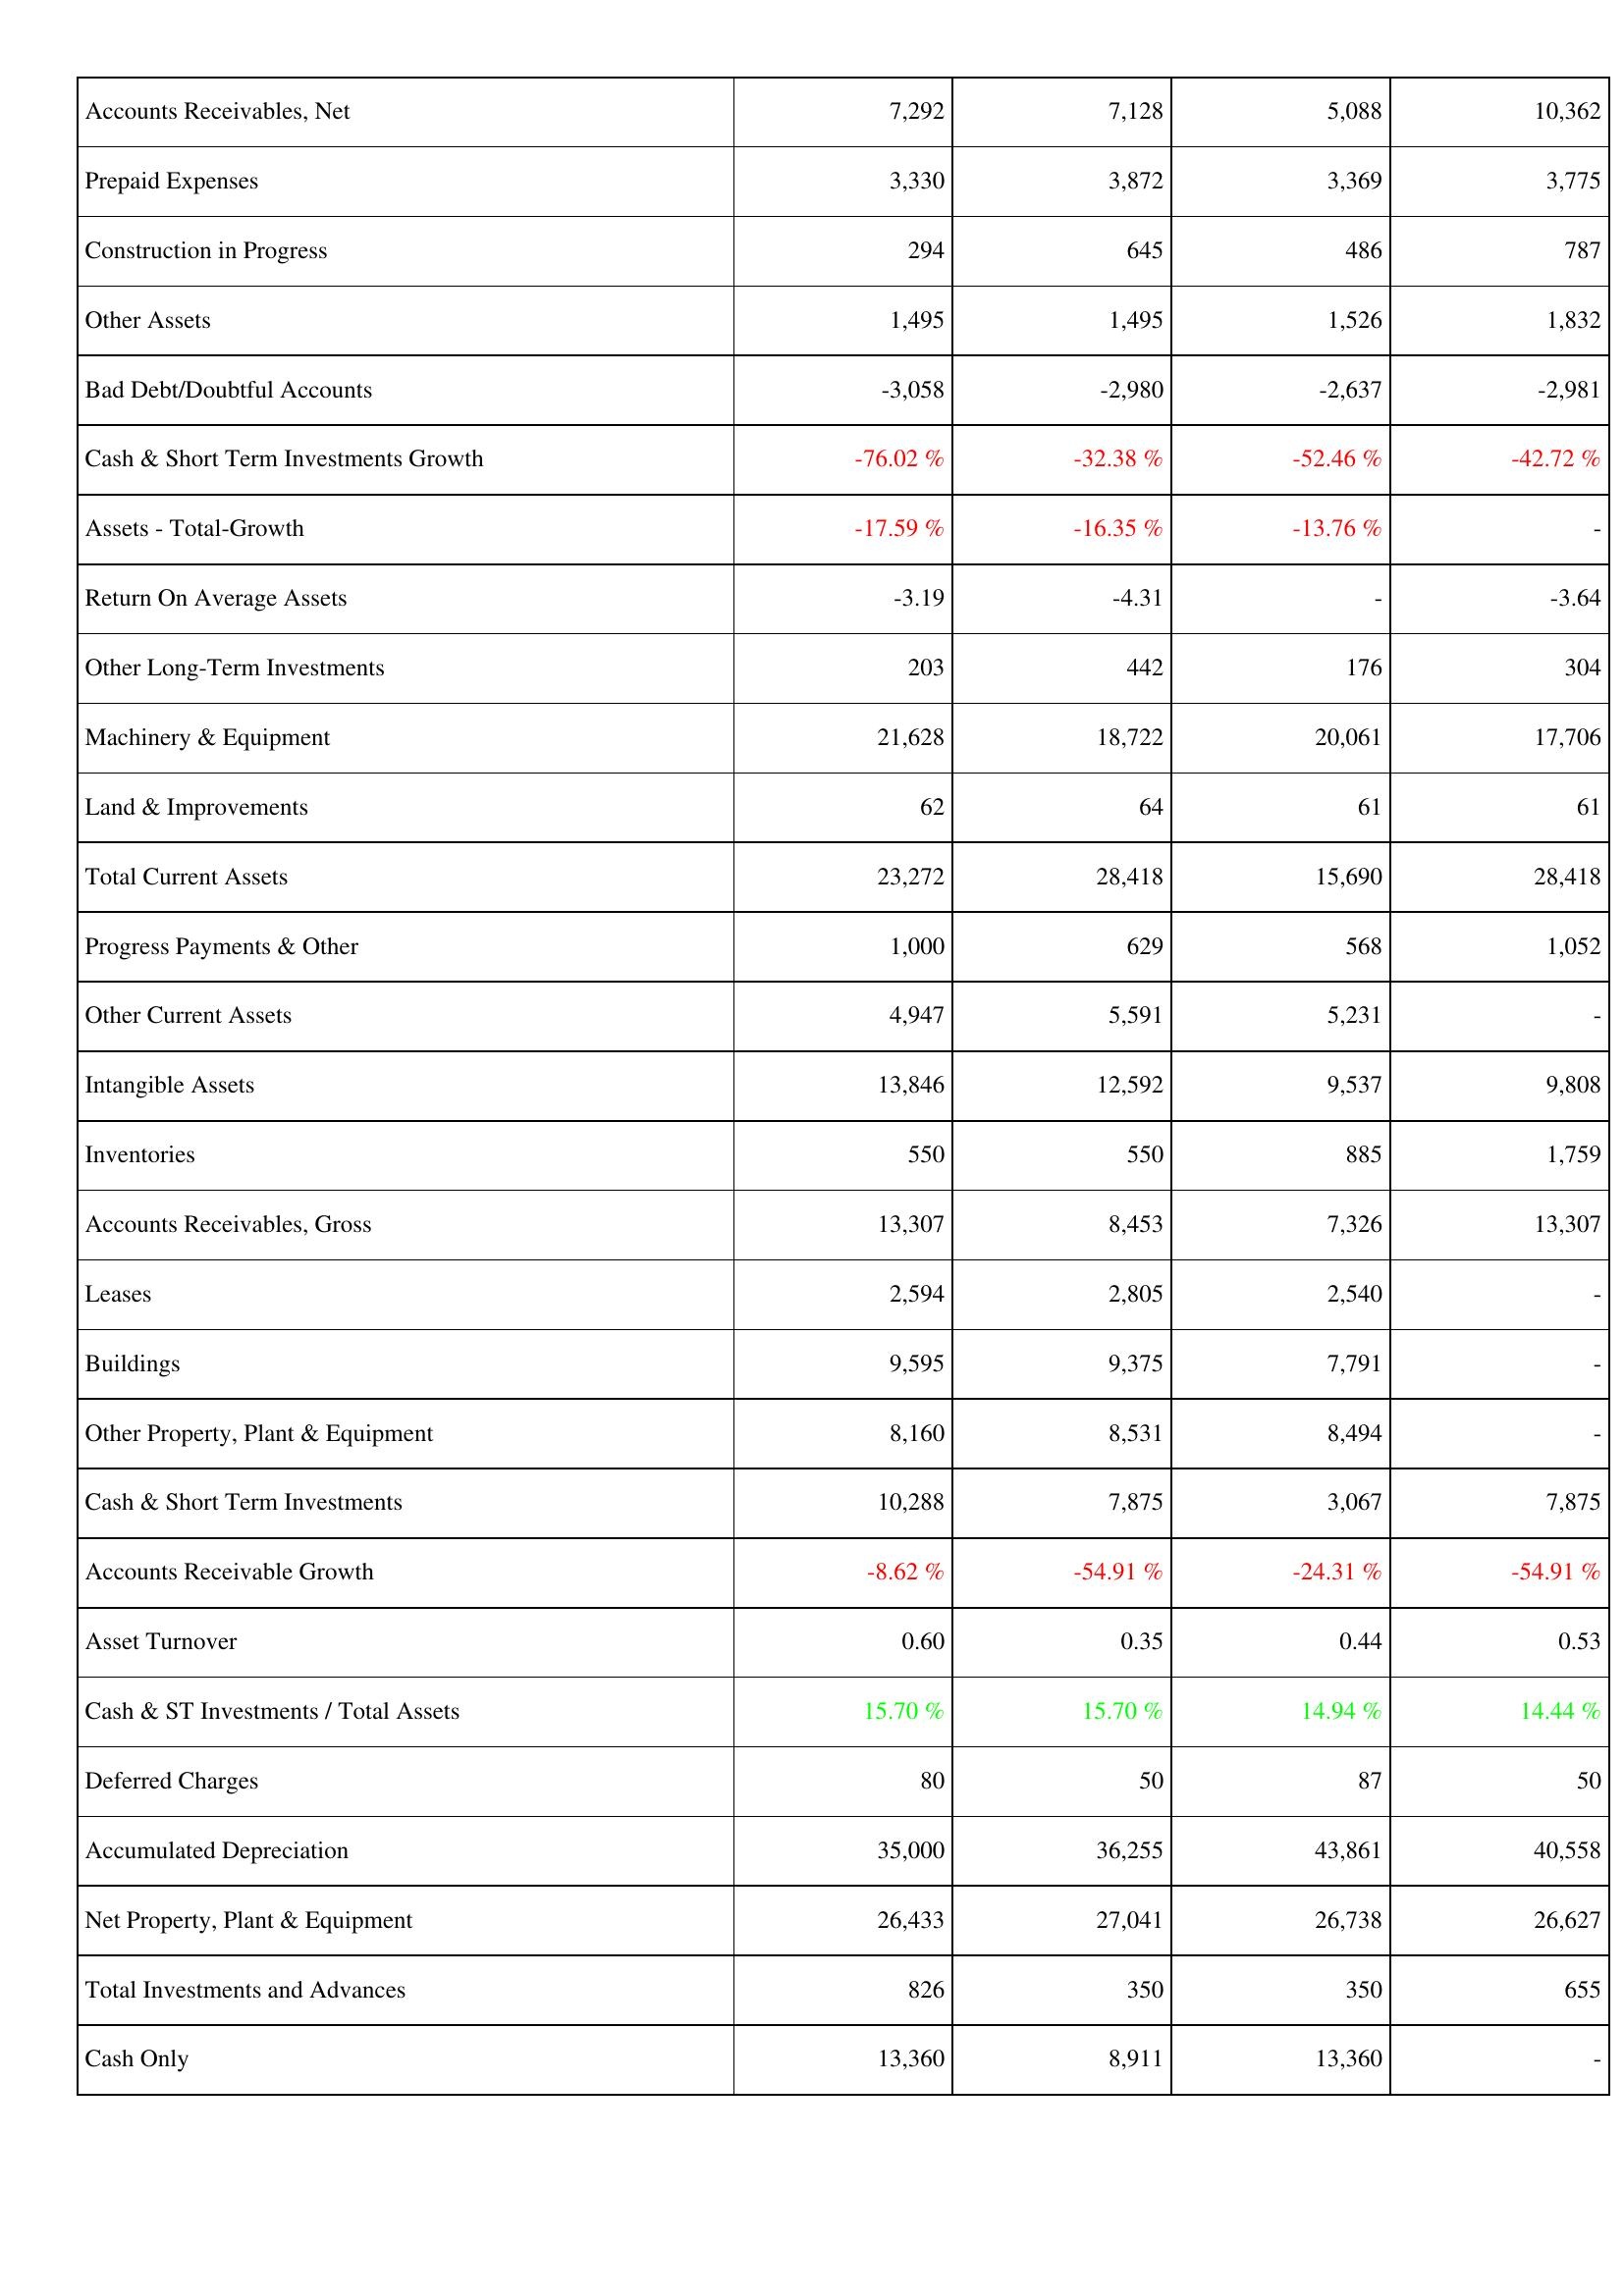
2009: Assets: Accounts Receivables, Net: 7,292
Prepaid Expenses: 3,330
Construction in Progress: 294
Other Assets: 1,495
Bad Debt/Doubtful Accounts: -3,058
Cash & Short Term Investments Growth: -76.02 %
Assets - Total-Growth: -17.59 %
Return On Average Assets: -3.19
Other Long-Term Investments: 203
Machinery & Equipment: 21,628
Land & Improvements: 62
Total Current Assets: 23,272
Progress Payments & Other: 1,000
Other Current Assets: 4,947
Intangible Assets: 13,846
Inventories: 550
Accounts Receivables, Gross: 13,307
Leases: 2,594
Buildings: 9,595
Other Property, Plant & Equipment: 8,160
Cash & Short Term Investments: 10,288
Accounts Receivable Growth: -8.62 %
Asset Turnover: 0.60
Cash & ST Investments / Total Assets: 15.70 %
Deferred Charges: 80
Accumulated Depreciation: 35,000
Net Property, Plant & Equipment: 26,433
Total Investments and Advances: 826
Cash Only: 13,360
2010: Assets: Accounts Receivables, Net: 7,128
Prepaid Expenses: 3,872
Construction in Progress: 645
Other Assets: 1,495
Bad Debt/Doubtful Accounts: -2,980
Cash & Short Term Investments Growth: -32.38 %
Assets - Total-Growth: -16.35 %
Return On Average Assets: -4.31
Other Long-Term Investments: 442
Machinery & Equipment: 18,722
Land & Improvements: 64
Total Current Assets: 28,418
Progress Payments & Other: 629
Other Current Assets: 5,591
Intangible Assets: 12,592
Inventories: 550
Accounts Receivables, Gross: 8,453
Leases: 2,805
Buildings: 9,375
Other Property, Plant & Equipment: 8,531
Cash & Short Term Investments: 7,875
Accounts Receivable Growth: -54.91 %
Asset Turnover: 0.35
Cash & ST Investments / Total Assets: 15.70 %
Deferred Charges: 50
Accumulated Depreciation: 36,255
Net Property, Plant & Equipment: 27,041
Total Investments and Advances: 350
Cash Only: 8,911
2011: Assets: Accounts Receivables, Net: 5,088
Prepaid Expenses: 3,369
Construction in Progress: 486
Other Assets: 1,526
Bad Debt/Doubtful Accounts: -2,637
Cash & Short Term Investments Growth: -52.46 %
Assets - Total-Growth: -13.76 %
Return On Average Assets: -
Other Long-Term Investments: 176
Machinery & Equipment: 20,061
Land & Improvements: 61
Total Current Assets: 15,690
Progress Payments & Other: 568
Other Current Assets: 5,231
Intangible Assets: 9,537
Inventories: 885
Accounts Receivables, Gross: 7,326
Leases: 2,540
Buildings: 7,791
Other Property, Plant & Equipment: 8,494
Cash & Short Term Investments: 3,067
Accounts Receivable Growth: -24.31 %
Asset Turnover: 0.44
Cash & ST Investments / Total Assets: 14.94 %
Deferred Charges: 87
Accumulated Depreciation: 43,861
Net Property, Plant & Equipment: 26,738
Total Investments and Advances: 350
Cash Only: 13,360
2012: Assets: Accounts Receivables, Net: 10,362
Prepaid Expenses: 3,775
Construction in Progress: 787
Other Assets: 1,832
Bad Debt/Doubtful Accounts: -2,981
Cash & Short Term Investments Growth: -42.72 %
Assets - Total-Growth: -
Return On Average Assets: -3.64
Other Long-Term Investments: 304
Machinery & Equipment: 17,706
Land & Improvements: 61
Total Current Assets: 28,418
Progress Payments & Other: 1,052
Other Current Assets: -
Intangible Assets: 9,808
Inventories: 1,759
Accounts Receivables, Gross: 13,307
Leases: -
Buildings: -
Other Property, Plant & Equipment: -
Cash & Short Term Investments: 7,875
Accounts Receivable Growth: -54.91 %
Asset Turnover: 0.53
Cash & ST Investments / Total Assets: 14.44 %
Deferred Charges: 50
Accumulated Depreciation: 40,558
Net Property, Plant & Equipment: 26,627
Total Investments and Advances: 655
Cash Only: -